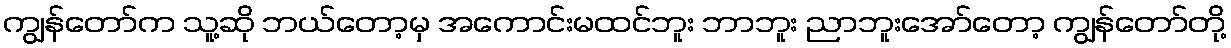
ကျွန်တော်က သူ့ဆို ဘယ်တော့မှ အကောင်းမထင်ဘူး ဘာဘူး ညာဘူးအော်တော့ ကျွန်တော်တို့